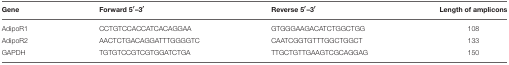
| Gene | Forward 5′–3′ | Reverse 5′–3′ | Length of amplicons |
 | --- | --- | --- | --- |
 | AdipoR1 | CCTGTCCACCATCACAGGAA | GTGGGAAGACATCTGGCTGG | 108 |
 | AdipoR2 | AACTCTGACAGGATTTGGGGTC | CAATCGGTGTTTGGCTGGCT | 133 |
 | GAPDH | TGTGTCCGTCGTGGATCTGA | TTGCTGTTGAAGTCGCAGGAG | 150 |